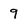
Character: 9